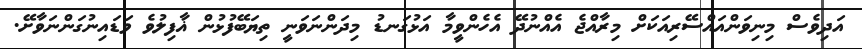
އަދިވެސް މިނިވަންއައްސޭރިއަކަށް މިރާއްޖެ އެއްނުދޭ އެހެންވީމާ އަޅުގަނޑު މިދަންނަވަނީ ތިޔަބޭފުޅުން ޣާފިލުވެ ވަޑައިނުގަންނަވާށޭ.